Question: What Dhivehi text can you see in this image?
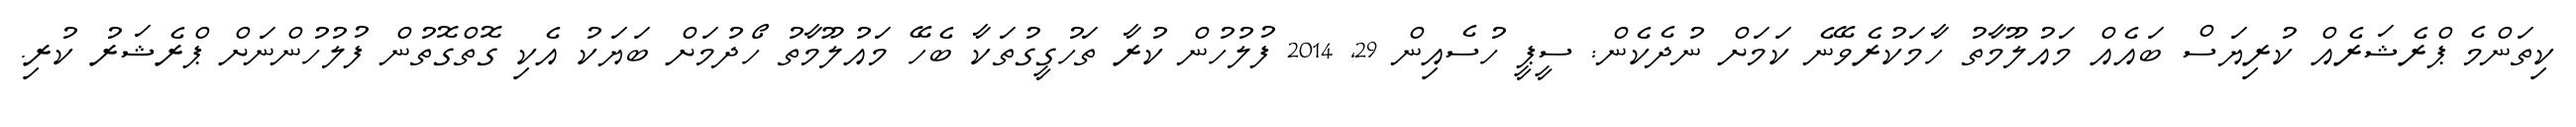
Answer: ކިތަންމެ ޕްރެޝަރެއް ކުރިޔަސް ބައެއް މައުލޫމާތު ހާމަކުރެވޭނެ ކަމަށް ނުދެކެން: ސީޕީ ހުސެއިން 29, 2014 ފުލުހުން ކުރާ ތަހުގީގުތަކާ ބެހޭ މައުލޫމާތު ހޯދުމަށް ބަޔަކު އެކި ގޮތްގޮތުން ފުލުހުންނަށް ޕްރެޝަރު ކުރި.